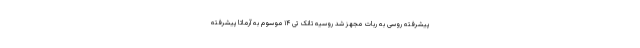
پیشرفته روسی به ربات مجهز شد روسیه تانک تی ۱۴ موسوم به آرماتا پیشرفته